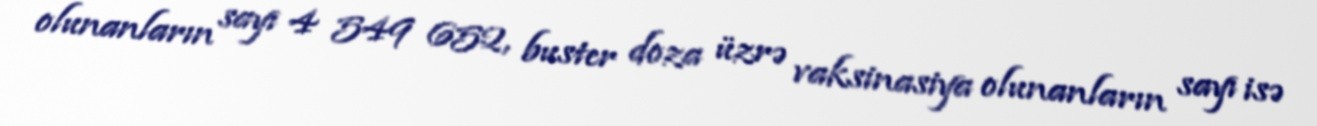
olunanların sayı 4 549 652, buster doza üzrə vaksinasiya olunanların sayı isə